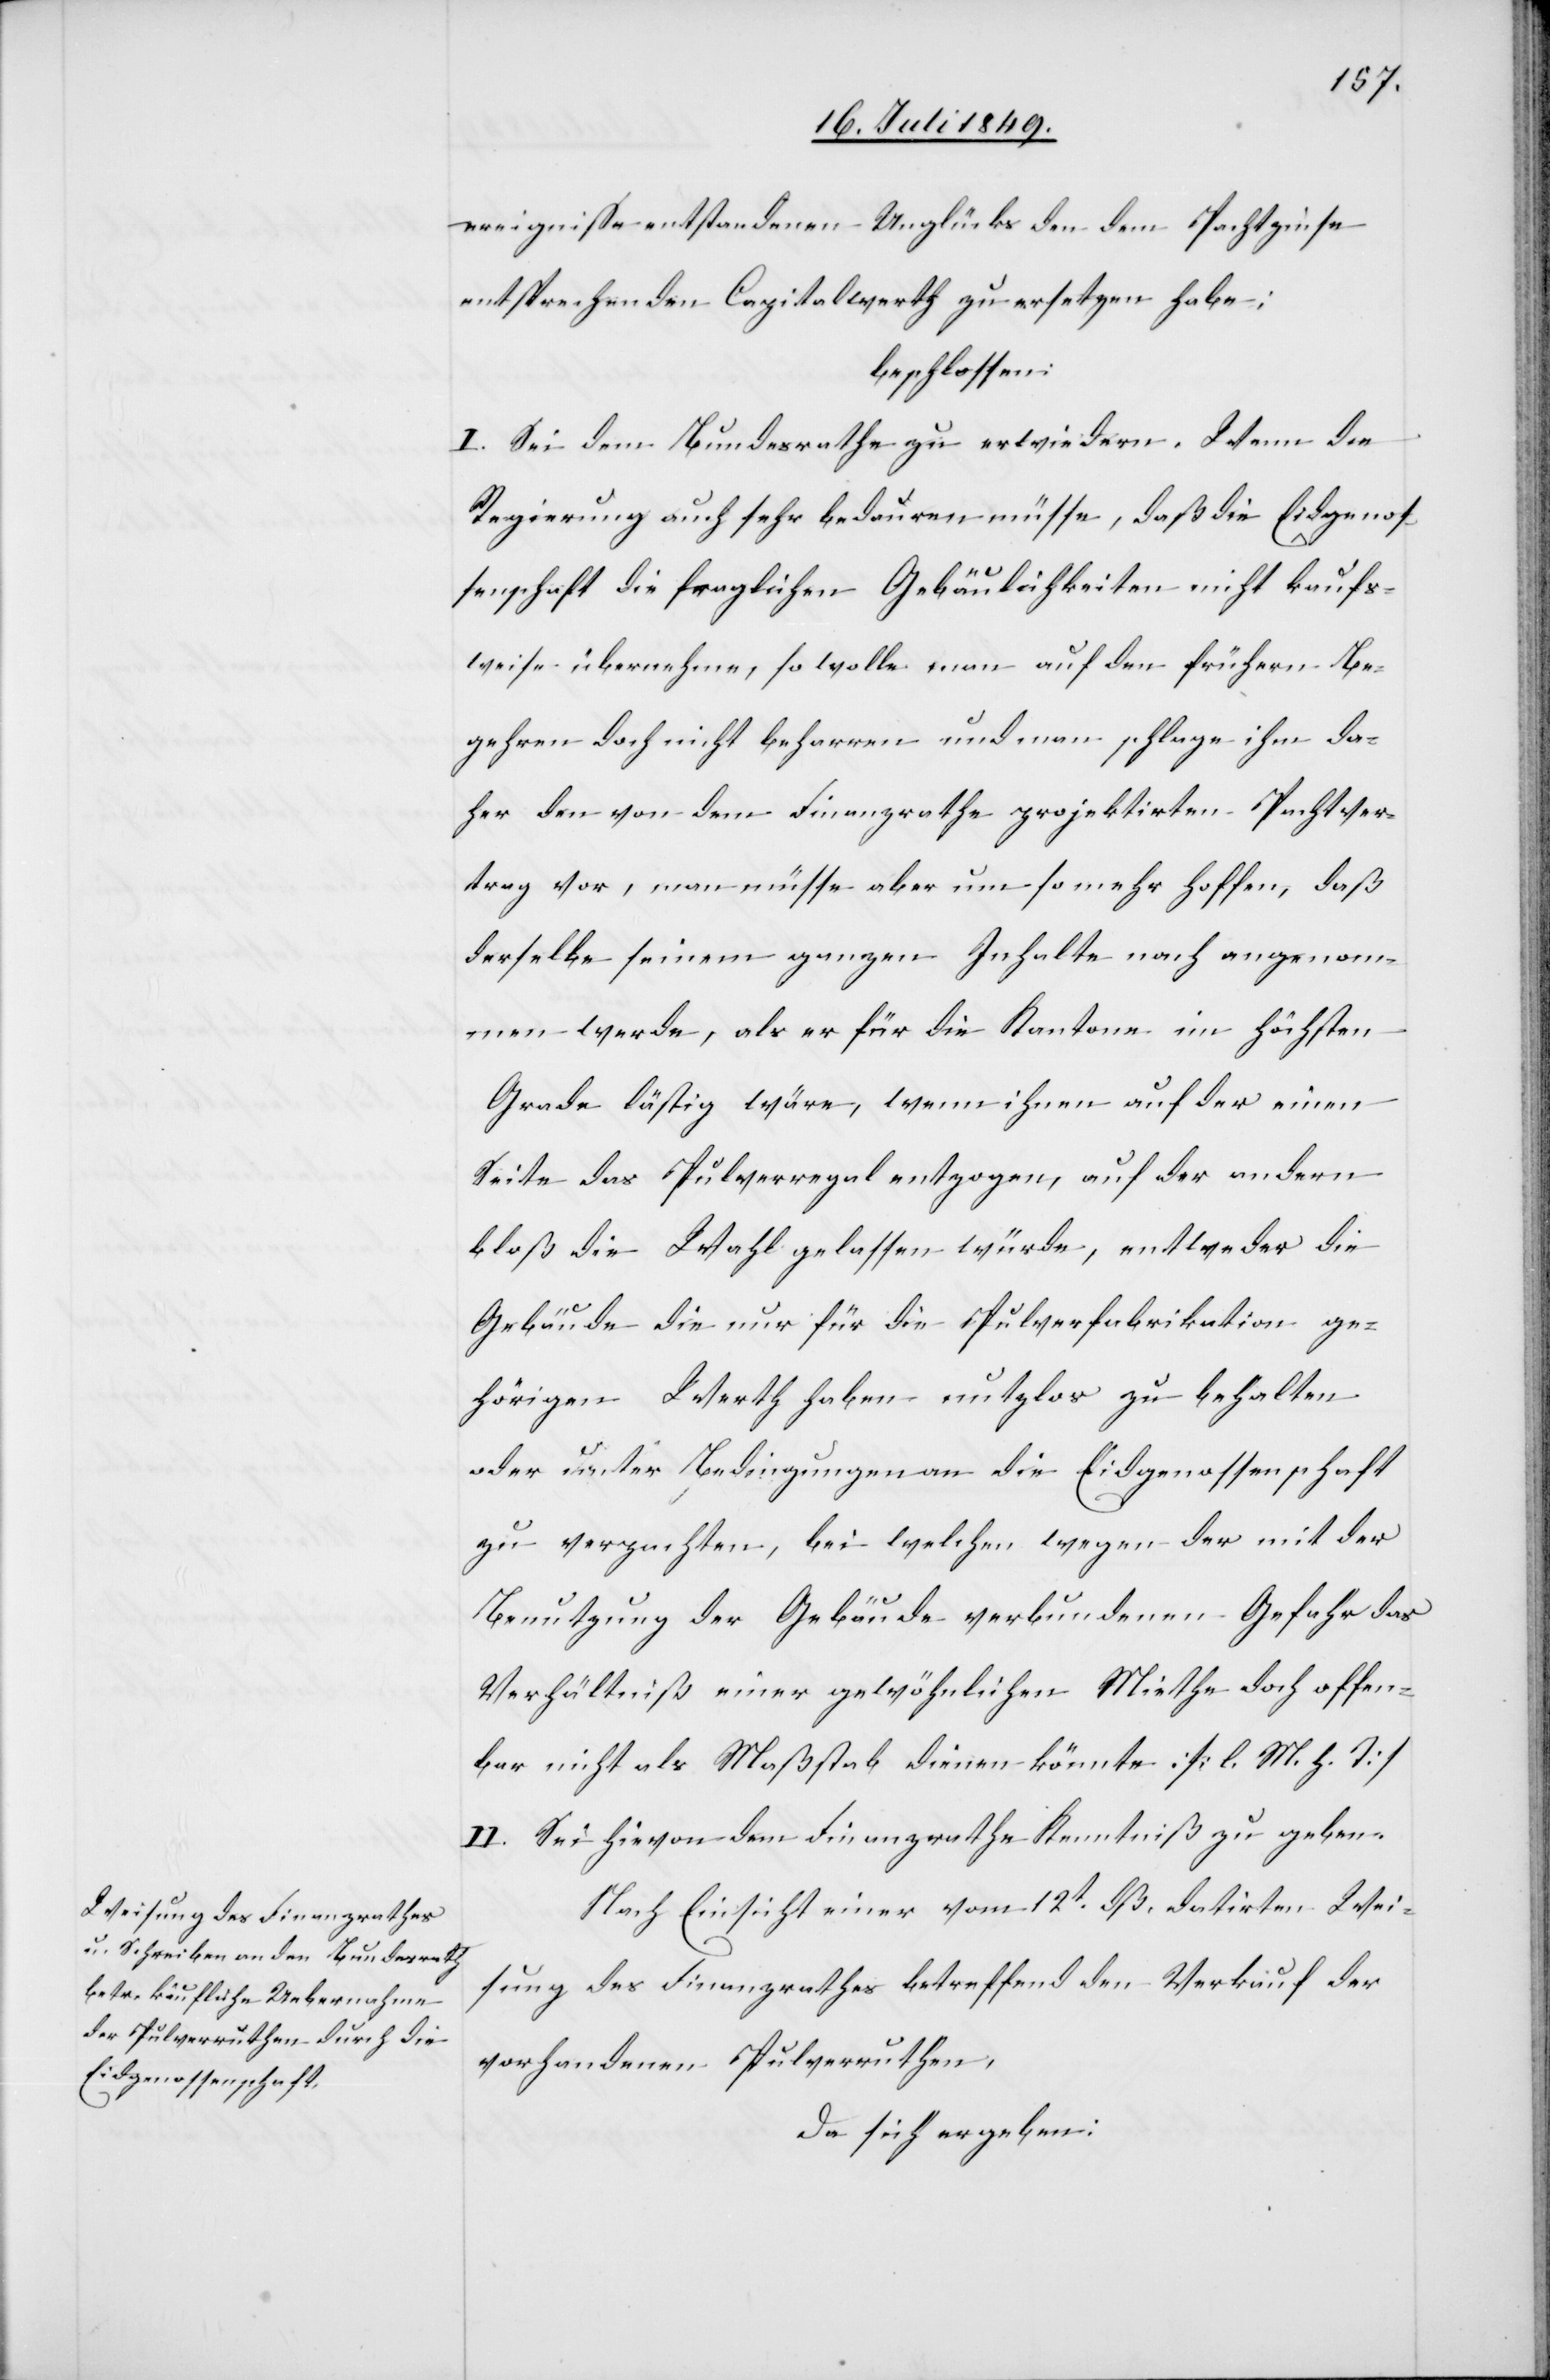
ereignisse enstandenen Unglücks den dem Pachtzinse
entsprechenden Capitalwerth zu ersetzen habe;
beschlossen:
I. Sei dem Bundesrathe zu erwiedern. Wenn die
Regierung auch sehr bedauern müsse, daß die Eidgenos¬
senschaft die fraglichen Gebäulichkeiten nicht kaufs¬
weise übernehme, so wolle man auf den frühern Be¬
gehren doch nicht beharren und man schlage ihm da¬
her den von dem Finanzrathe projektirten Pachtver¬
trag vor, man müsse aber um so mehr hoffen, daß
derselbe seinem ganzen Inhalte nach angenom¬
men werde, als er für die Kantone im höchsten
Grade lästig wäre, wenn ihnen auf der einen
Seite das Pulverregal entzogen, auf der andern
bloß die Wahl gelassen würde, entweder die
Gebäude die nur für die Pulverfabrikation ge¬
hörigen Werth haben nutzlos zu behalten
oder unter Bedingungen an die Eidgenossenschaft
zu verpachten, bei welchen wegen der mit der
Benutzung der Gebäude verbundenen Gefahr das
Verhältniß einer gewöhnlichen Miethe doch offen¬
bar nicht als Maßstab dienen könnte [l. M. h. T]
II. Sei hievon dem Finanzrathe Kenntniß zu geben.
Nach Einsicht einer vom 12t dß. datirten Wei¬
sung des Finanzrathes betreffend den Verkauf der
vorhandenen Pulverruthen,
da sich ergeben: